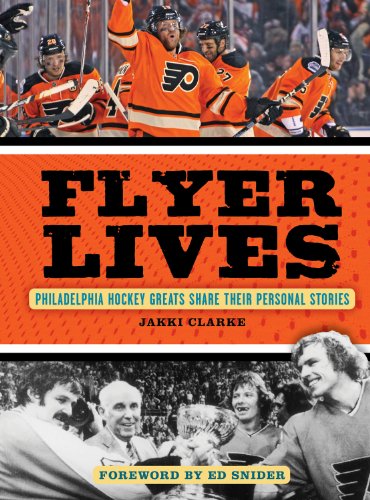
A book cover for Flyer Lives: Philadelphia Hockey Greats Share Their Personal Stories; Jakki Clarke; Travel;